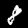
Label: 8